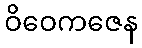
ဝိဝေကဇေန